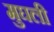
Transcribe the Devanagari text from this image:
मुघली